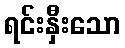
ရင်းနှီးသော